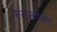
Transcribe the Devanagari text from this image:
परस्परसंबंधांना